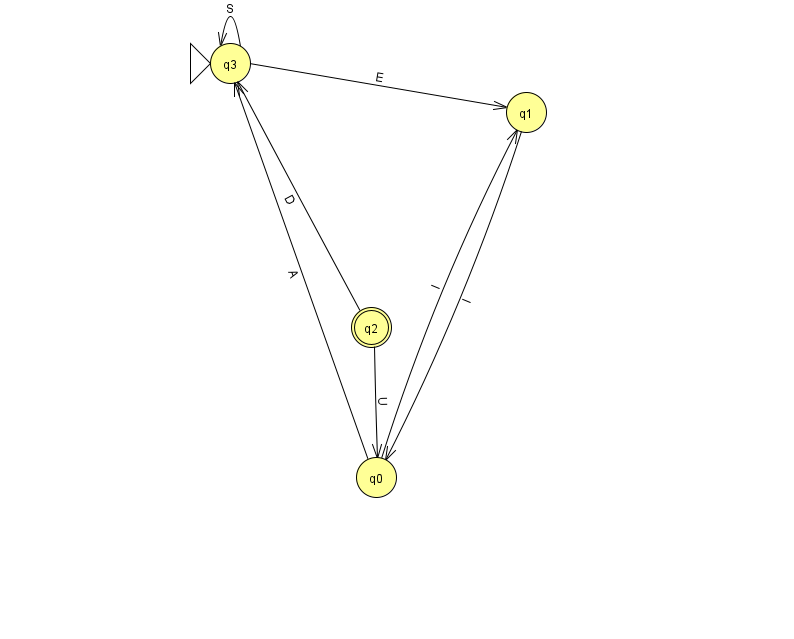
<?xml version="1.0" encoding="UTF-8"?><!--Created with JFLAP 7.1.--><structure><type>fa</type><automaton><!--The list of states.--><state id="0" name="q0"><x>376.0</x><y>464.0</y></state><state id="1" name="q1"><x>526.0</x><y>99.0</y></state><state id="2" name="q2"><x>371.0</x><y>314.0</y><final/></state><state id="3" name="q3"><x>230.0</x><y>50.0</y><initial/></state><!--The list of transitions.--><transition><from>2</from><to>3</to><read>D</read></transition><transition><from>3</from><to>1</to><read>E</read></transition><transition><from>3</from><to>3</to><read>S</read></transition><transition><from>0</from><to>1</to><read>I</read></transition><transition><from>1</from><to>0</to><read>I</read></transition><transition><from>0</from><to>3</to><read>A</read></transition><transition><from>2</from><to>0</to><read>U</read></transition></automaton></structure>